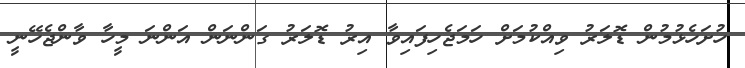
ހުށަހެޅުމުން ޑޮލަރު ވިއްކުމަށް ހަމަޖެހިފައިވާ އިރު ޑޮލަރު ގަންނަން އަންނަ މީހާ ވާންޖެހޭނީ